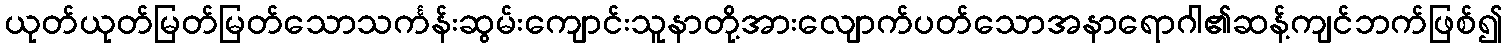
ယုတ်ယုတ်မြတ်မြတ်သောသင်္ကန်းဆွမ်းကျောင်းသူနာတို့အားလျောက်ပတ်သောအနာရောဂါ၏ဆန့်ကျင်ဘက်ဖြစ်၍